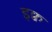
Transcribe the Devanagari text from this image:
इक्व